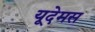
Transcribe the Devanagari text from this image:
यूदेमस